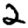
Digit: 2